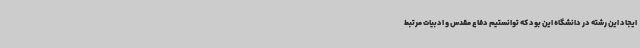
ایجاد این رشته در دانشگاه این بود که توانستیم دفاع مقدس و ادبیات مرتبط